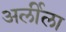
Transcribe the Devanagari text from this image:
अर्लीला